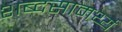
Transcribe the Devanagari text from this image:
शब्दसामर्थ्य